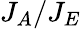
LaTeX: J_{A}/J_{E}